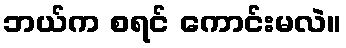
ဘယ်က စရင် ကောင်းမလဲ။